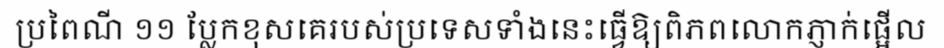
ប្រពៃណី ១១ ប្លែកខុសគេរបស់ប្រទេសទាំងនេះធ្វើឱ្យពិភពលោកភ្ញាក់ផ្អើល